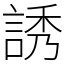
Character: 誘